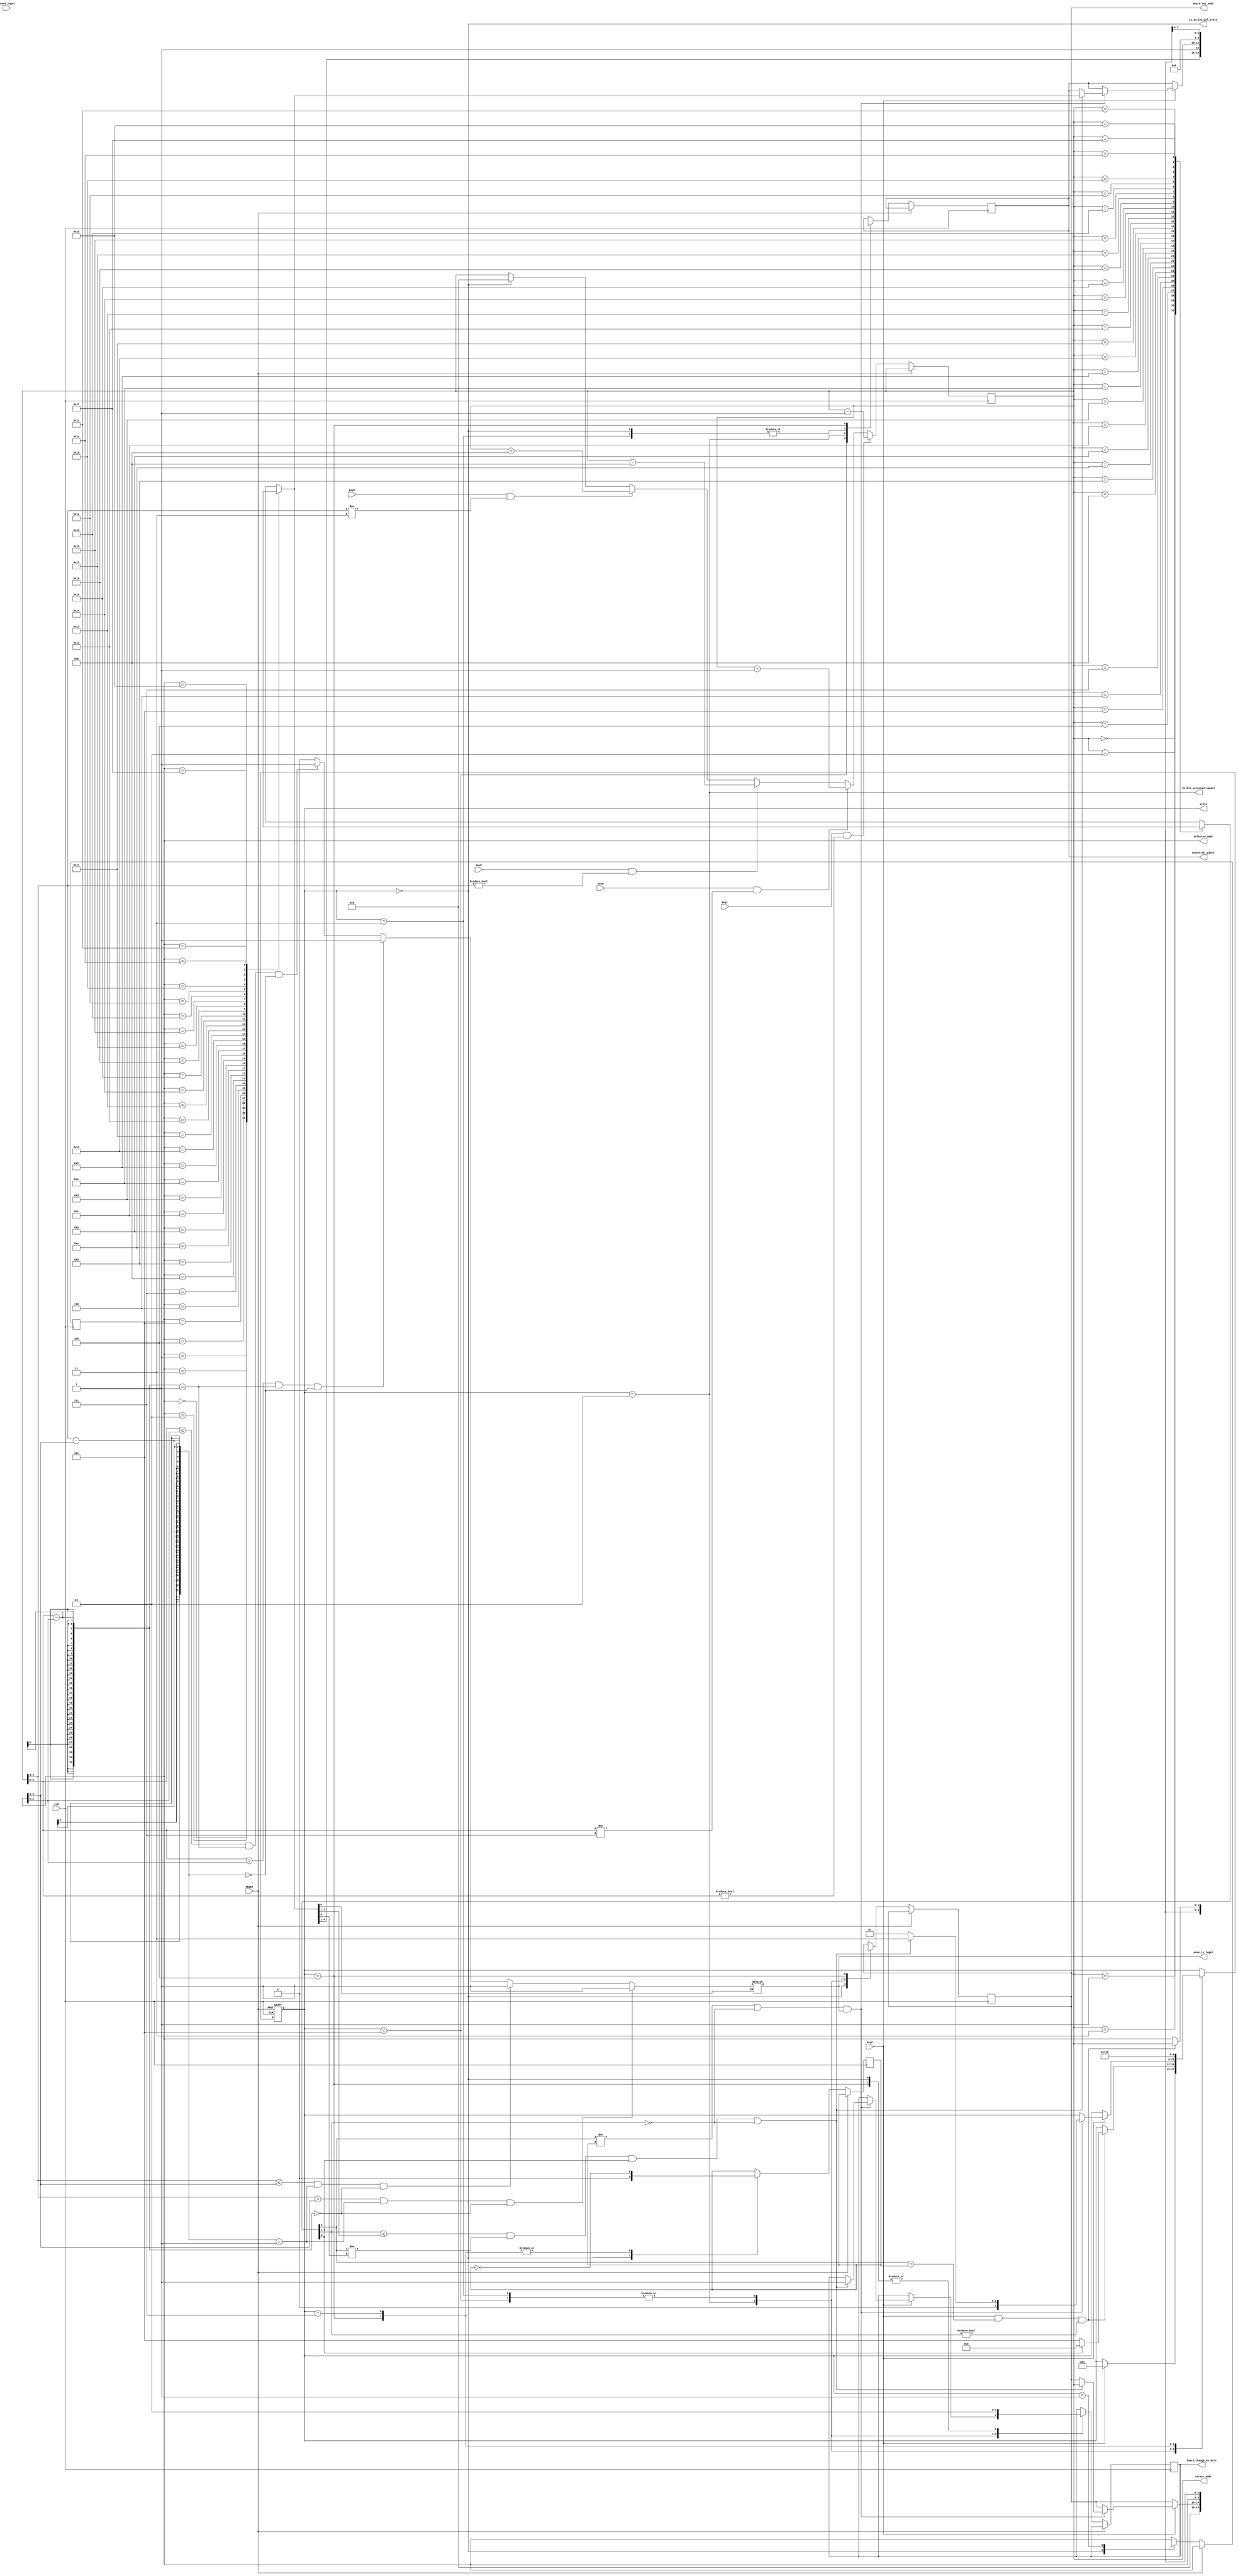
module game_logic( 
    CLK, RESET,
    board_input,
    board_out_addr,
    board_out_piece,
	board_change_en_wire,
    keyL, // All button inputs shall have been debounced & made a single clk pulse outside this module
    keyU,
    keyR,
    keyD,
    keyC, // go amd select
    cursor_addr,
    selected_addr,
    hilite_selected_square,
	state, move_is_legal, is_in_initial_state
    );

/* Inputs */
input wire CLK, RESET;
input wire keyL, keyU, keyR, keyD, keyC;
              
input wire [159:0] board_input; // board info: state and chess_rep

wire [4:0] board[31:0];

genvar i;
generate for (i=0; i<31; i=i+1) begin: BOARD
	assign board[i] = board_input[i*5+4 : i*5];
end
endgenerate

/* Outputs */ 
// outputs for communicating with the board register in top
output reg[4:0] board_out_addr; // 2 bits for rows; 3 bits for columns
output reg[4:0] board_out_piece; // {color, type, state}
reg board_change_enable; // signal the board reg in top to write the new piece to the addr
output wire board_change_en_wire;
assign board_change_en_wire = board_change_enable;

// outputs for communicating with the module
output reg[4:0] cursor_addr;
output reg[4:0] selected_addr;
output wire hilite_selected_square;

output wire is_in_initial_state;
assign is_in_initial_state = (state == INITIAL);

// wires for the contents of the board input
wire[4:0] cursor_contents, selected_contents;
assign cursor_contents = board[cursor_addr]; // contents of the cursor square
assign selected_contents = board[selected_addr]; // contents of the selected square

/* Piece Definitions */
// {COLOR, PIECE, STATE}
localparam PIECE_NONE = 3'b000;
localparam PIECE_SOLDIER = 3'b001;
localparam PIECE_CANNON = 3'b010;
localparam PIECE_KNIGHT = 3'b011;
localparam PIECE_ROOK = 3'b100;
localparam PIECE_BISHOP  = 3'b101;
localparam PIECE_QUEEN  = 3'b110;
localparam PIECE_KING   = 3'b111;

localparam COLOR_RED  = 1'b0;
localparam COLOR_BLACK  = 1'b1;

localparam STATE_COVERED = 1'b0;
localparam STATE_UNCOVERED = 1'b1;

/* DPU registers */
reg player_to_move;

output reg move_is_legal; // signal will be generated in combinational logic

/* State Machine Definition */
// use encoded-assignment
localparam INITIAL = 3'b000,
            PIECE_SEL = 3'b001, 
            PIECE_MOVE= 3'b010,
            WRITE_NEW_PIECE = 3'b011, 
            ERASE_OLD_PIECE = 3'b100,
            FLIP_CHESS = 3'b101,
				NEXT_PLAYER = 3'b111;
output reg[2:0] state;
assign hilite_selected_square = (state == PIECE_MOVE);

/* State Machine */
always @ (posedge CLK, posedge RESET) begin
    if (RESET) begin
	 
					state <= INITIAL;
					
        // initialization code here
				
        
	
    end
    else begin
        // State machine code from herPIECE_NONEe
        case (state)
            INITIAL : begin
				
					player_to_move <= COLOR_RED;
					
				  cursor_addr <= 5'b00_000; // select (0,0) as the cursor start postion 
				  selected_addr <= 5'bXXXXX;

				  board_out_addr <= 5'b00_000;
				  board_out_piece <= 5'b0_000_0;
				  board_change_enable <= 0;
					
					if (keyC) state <= PIECE_SEL;
            end
				
				
		    FLIP_CHESS:
            begin
                board_change_enable <= 1;
                board_out_addr <= selected_addr;
                board_out_piece <= {selected_contents[4:1], STATE_UNCOVERED};
                state <= ERASE_OLD_PIECE;
            end
				

            PIECE_SEL:
            begin
                // State Transitions
                if (keyC 
                    && cursor_contents[4] == player_to_move
                    && cursor_contents[3:1] != PIECE_NONE) 
						begin
                            // flip the chess
                            if (cursor_contents[0] == STATE_COVERED)
                                begin
                                state <= FLIP_CHESS;
										  end

                            else begin
                                state <= PIECE_MOVE;
                            end
						selected_addr <= cursor_addr;
						end
                // else we remain in this state
                
            end

            PIECE_MOVE:
            begin
                // RTL operations
                if (keyC) begin
                    if (    (cursor_contents[4] != player_to_move
                            || cursor_contents[3:1] == PIECE_NONE)
                            && move_is_legal)
                    begin
                        // big eats small rational
                        // they clicked either an empty space or the other color piece & legally
                        if (cursor_contents[3:1] <= selected_contents[3:1] 
                            && cursor_contents[4] != selected_contents[4] 
                            && cursor_contents[0] == STATE_UNCOVERED
                            || cursor_contents[3:1] == PIECE_NONE) 
                            begin
                            state <= WRITE_NEW_PIECE; 
                            board_out_addr <= cursor_addr;
                            board_out_piece <= selected_contents;
                            board_change_enable <= 1;
                            end 
                        else begin
                            state <= PIECE_SEL;
                        end

                    end
                    // else if (cursor_contents[3] == player_to_move
                    //     && cursor_contents[2:0] != PIECE_NONE)
                    // begin
                    //     // they clicked their own piece
                    //     selected_addr <= cursor_addr;
                    // end
					// 	  else begin
					// 			state <= PIECE_SEL;
					// 	  end
                end
            end

            

            WRITE_NEW_PIECE:
            begin
                // State Transitions
                

                // RTL operations
                // going to ERASE_OLD_PIECE
                board_change_enable <= 1; // already done but it doesn't hurt here
                board_out_addr <= selected_addr;
                board_out_piece <= 4'b0000; // no piece
					 state <= ERASE_OLD_PIECE;
            end

            ERASE_OLD_PIECE:
            begin
                // State Transitions
                

                // RTL operations
                board_change_enable <= 0;
                board_out_addr <= 6'bXXXXXX;
                board_out_piece <= 4'bXXXX;

                player_to_move <= ~player_to_move;
					 state <= NEXT_PLAYER;
            end
				
				NEXT_PLAYER: begin
					player_to_move <= ~player_to_move;
					state <= PIECE_SEL;	
				end
			endcase
	 /* Cursor Movement Controls */
		 if      (keyL && cursor_addr[2:0] != 3'b000) 
			cursor_addr <= cursor_addr - 5'b00_001; // Left move, not allowed when x == 0
		 else if (keyR && cursor_addr[2:0] != 3'b111)
			cursor_addr <= cursor_addr + 5'b00_001; // Right Move, not allowed when x == 7 
		 else if (keyU && cursor_addr[4:3] != 2'b00) 
			cursor_addr <= cursor_addr - 5'b01_000; // Up Move, not allowed when y == 0 
		 else if (keyD && cursor_addr[4:3] != 2'b11)
			cursor_addr <= cursor_addr + 5'b01_000; // Down Move, not allowed when y == 3
		 
	end
end


// Logic to generate the move_is_legal signal
always @(*) begin

    if(selected_contents[0] == STATE_UNCOVERED)
        begin
            if (player_to_move == COLOR_RED) begin 
                // if it moves downward 1 unit, it is allowed
                if ((cursor_addr[4:3] > selected_addr[4:3])
						 && ((cursor_addr[4:3] - selected_addr[4:3]) == 1)
						 && ((cursor_addr[2:0] - selected_addr[2:0]) == 0))
                   move_is_legal <= 1;

                // if it moves upward 1 unit, it is allowed
                else if (cursor_addr[4:3] <= selected_addr[4:3] && 
                        cursor_addr[4:3] - selected_addr[4:3] == 1 && 
                        cursor_addr[2:0] - selected_addr[2:0] == 0)
                        move_is_legal <= 1;
                
                // if it moves left 1 unit, it is allowed
                else if (cursor_addr[2:0] > selected_addr[2:0] && 
                        cursor_addr[2:0] - selected_addr[2:0] == 1 && 
                        cursor_addr[4:3] - selected_addr[4:3] == 0)
                        move_is_legal <= 1;

                
                // if it moves right 1 unit, it is allowed
                else if (cursor_addr[2:0] <= selected_addr[2:0] && 
                        cursor_addr[2:0] - selected_addr[2:0] == 1 &&
                        cursor_addr[4:3] - selected_addr[4:3] == 0)
                        move_is_legal <= 1;
                else move_is_legal <= 0;
            end

            else if (player_to_move == COLOR_BLACK) begin
                if (cursor_addr[4:3] > selected_addr[4:3] && 
                    cursor_addr[4:3] - selected_addr[4:3] ==1 && 
                    cursor_addr[2:0] - selected_addr[2:0] == 0)
                    
                        move_is_legal <= 1;
                    

                else if (cursor_addr[4:3] <= selected_addr[4:3] && 
                        cursor_addr[4:3] - selected_addr[4:3] == 1 && 
                        cursor_addr[2:0] - selected_addr[2:0] == 0)
                    
                        move_is_legal <= 1;
                    
                
                else if (cursor_addr[2:0] > selected_addr[2:0] && 
                        cursor_addr[2:0] - selected_addr[2:0] == 1 && 
                        cursor_addr[4:3] - selected_addr[4:3] == 0)
                        move_is_legal <= 1;
                    

                else if (cursor_addr[2:0] <= selected_addr[2:0] && 
                        cursor_addr[2:0] - selected_addr[2:0] == 1 &&
                        cursor_addr[4:3] - selected_addr[4:3] == 0)
                        move_is_legal <= 1;

                else move_is_legal <= 0;
            end
		end
 end
endmodule